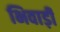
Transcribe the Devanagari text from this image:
भिवाड़ी